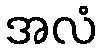
အလံ